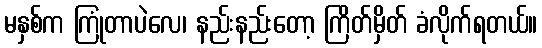
မနှစ်က ကြုံတာပဲလေ၊ နည်းနည်းတော့ ကြိတ်မှိတ် ခံလိုက်ရတယ်။